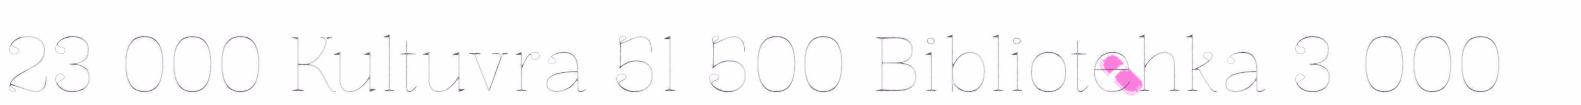
23 000 Kultuvra 51 500 Bibliotehka 3 000